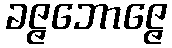
ခဇ္ဇဘောဇ္ဇေ